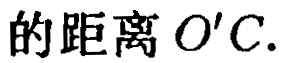
的距离 \(O'C\).